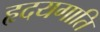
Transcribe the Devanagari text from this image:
हृदयगाति